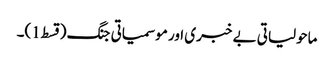
ماحولیاتی بے خبری اور موسمیاتی جنگ (قسط1)۔